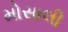
મોસાલી